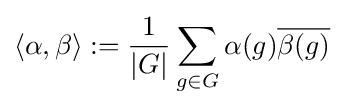
\left\langle \alpha ,\beta \right\rangle :={\frac {1}{\left|G\right|}}\sum _{g\in G}\alpha (g){\overline {\beta (g)}}